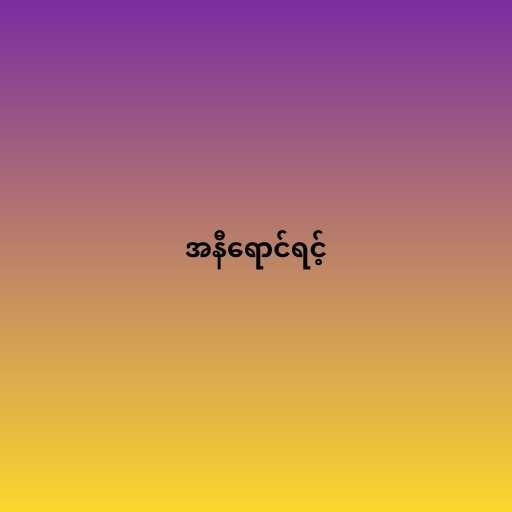
အနီရောင်ရင့်